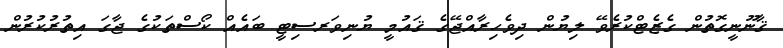
ޤާނޫނީގޮތުން ގެޒެޓްކުރެވޭ ލިޔުން ދިވެހިރާއްޖޭގެ ޤައުމީ ޔުނިވަރސިޓީ ބައެއް ކޯސްތަކުގެ ޖާގަ އިތުރުކުރުން